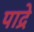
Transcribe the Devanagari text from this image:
पाद्रे